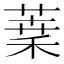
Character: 𦶫